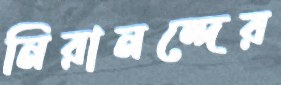
নিরানন্দের